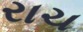
રાચ